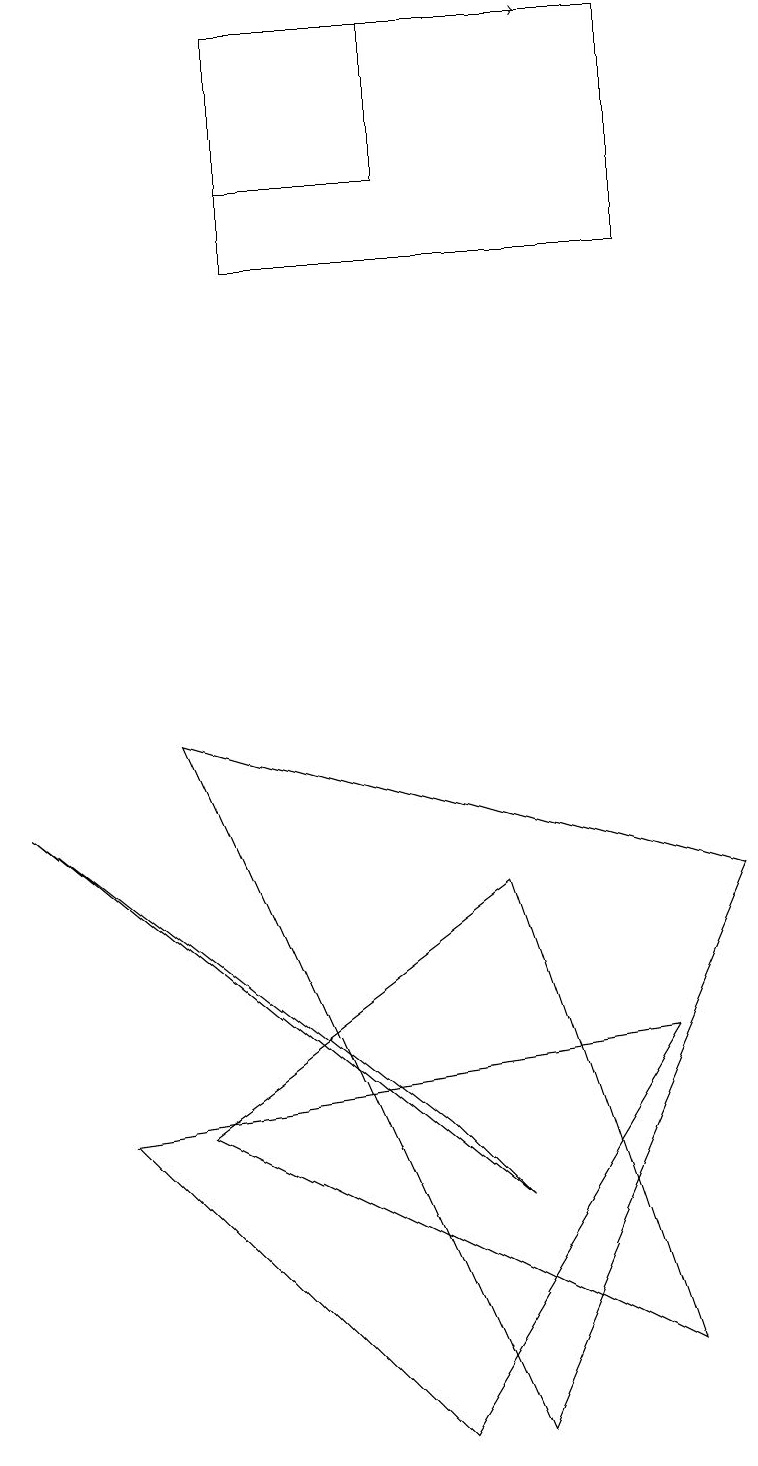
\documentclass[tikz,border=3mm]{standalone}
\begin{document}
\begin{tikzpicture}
\draw (6,0) -- (9,7) -- (2,9) -- cycle;
\draw (0,8) -- (6,3) -- (5,4) -- cycle;
\draw (3,16) rectangle (3,16);
\draw (3,18) rectangle (5,16);
\draw[->] (4,18) -- (7,18);
\draw (3,15) rectangle (8,18);
\draw (8,5) -- (5,0) -- (1,4) -- cycle;
\draw (8,1) -- (2,4) -- (6,7) -- cycle;
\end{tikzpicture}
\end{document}